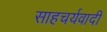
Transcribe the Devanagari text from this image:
साहचर्यवादी